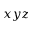
x y z